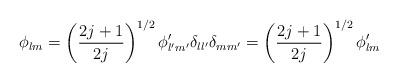
LaTeX: \begin{align*}\phi_{lm} = \left(\frac{2j+1}{2j}\right)^{1/2} \phi'_{l'm'} \delta_{ll'} \delta_{m m'} = \left(\frac{2j+1}{2j}\right)^{1/2} \phi'_{lm}\end{align*}